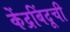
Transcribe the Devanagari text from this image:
केंद्रबिंदूची